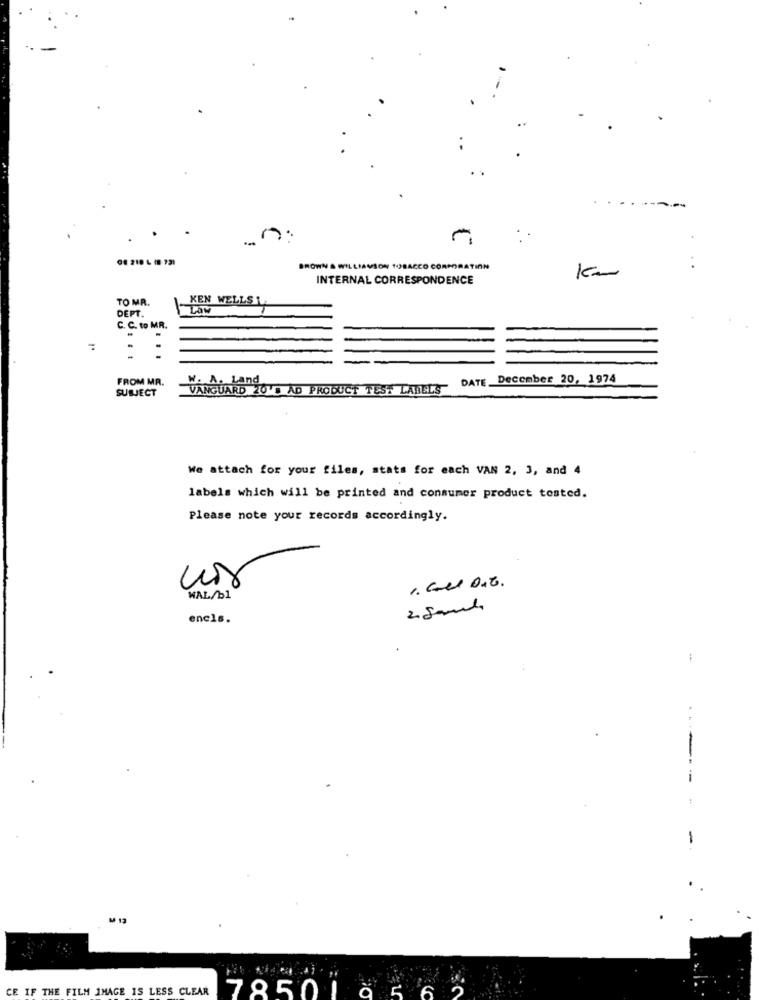
---
n:
BROWN & WILLIAMSON TOBACCO CORPORATION
Km
. .
INTERNAL CORRESPONDENCE
TO MR.
KEN WELLS 1
DEPT.
C. C. to MR.
.
.
FROM MR.
W. A. Land
DATE. December 20, 1974
SUBJECT
VANGUARD 20'. AD PRODUCT TEST LABELS
We attach for your files, stats for each VAN 2, 3, and 4
labels which will be printed and consumer product tested.
Please note your records accordingly.
1. Ces DIE.
WAL/b1
2.Sama
encls.
CE IF THE FILM IMAGE IS LESS CLEAR
78501 9 5 6 2